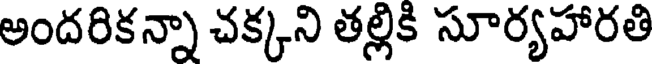
అందరికన్నా చక్కని తల్లికి సూర్యహారతి